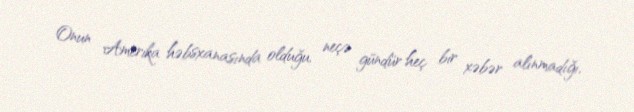
Onun Amerika həbsxanasında olduğu, neçə gündür heç bir xəbər alınmadığı,